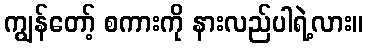
ကျွန်တော့် စကားကို နားလည်ပါရဲ့လား။